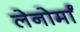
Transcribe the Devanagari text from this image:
लेनोर्मां